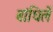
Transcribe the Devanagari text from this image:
बांधिलें